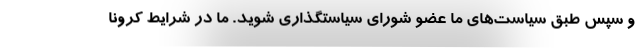
و سپس طبق سیاست‌های ما عضو شورای سیاستگذاری شوید. ما در شرایط کرونا